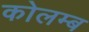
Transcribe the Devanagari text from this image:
कोलम्ब